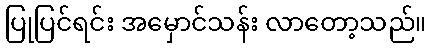
ပြုပြင်ရင်း အမှောင်သန်း လာတော့သည်။